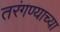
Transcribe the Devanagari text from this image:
तरंगण्याच्या